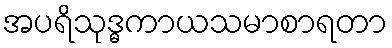
အပရိသုဒ္ဓကာယသမာစာရတာ